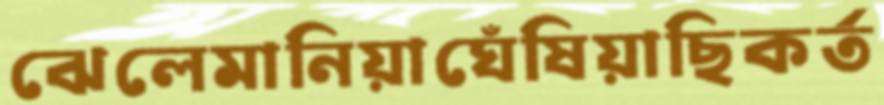
ঝেলেমানিয়াঘেঁষিয়াছিকর্ত